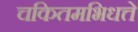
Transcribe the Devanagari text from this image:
चकितमभिधत्ते